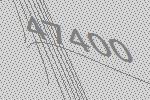
47400